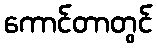
ကောင်တာတွင်